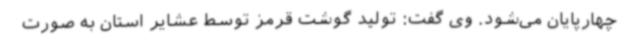
چهارپایان می‌شود. وی گفت: تولید گوشت قرمز توسط عشایر استان به صورت